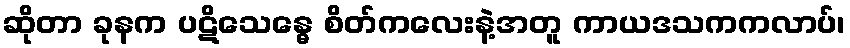
ဆိုတာ ခုနက ပဋိသေန္ဓေ စိတ်ကလေးနဲ့အတူ ကာယဒသကကလာပ်၊